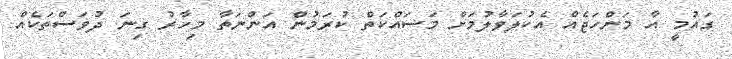
ގައުމީ އާ މަންހަޖެއް އެކުލަވާލުމަށް މަސައްކަތް ކުރަމުން އަންނަތާ މިހާރު ގިނަ ދުވަސްތަކެއް